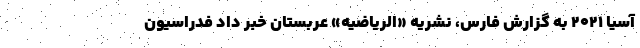
آسیا 2021 به گزارش فارس، نشریه «الریاضیه» عربستان خبر داد فدراسیون